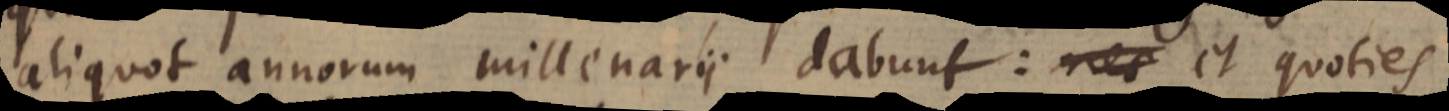
aliquot annorum millenarii dabunt: nes et quoties